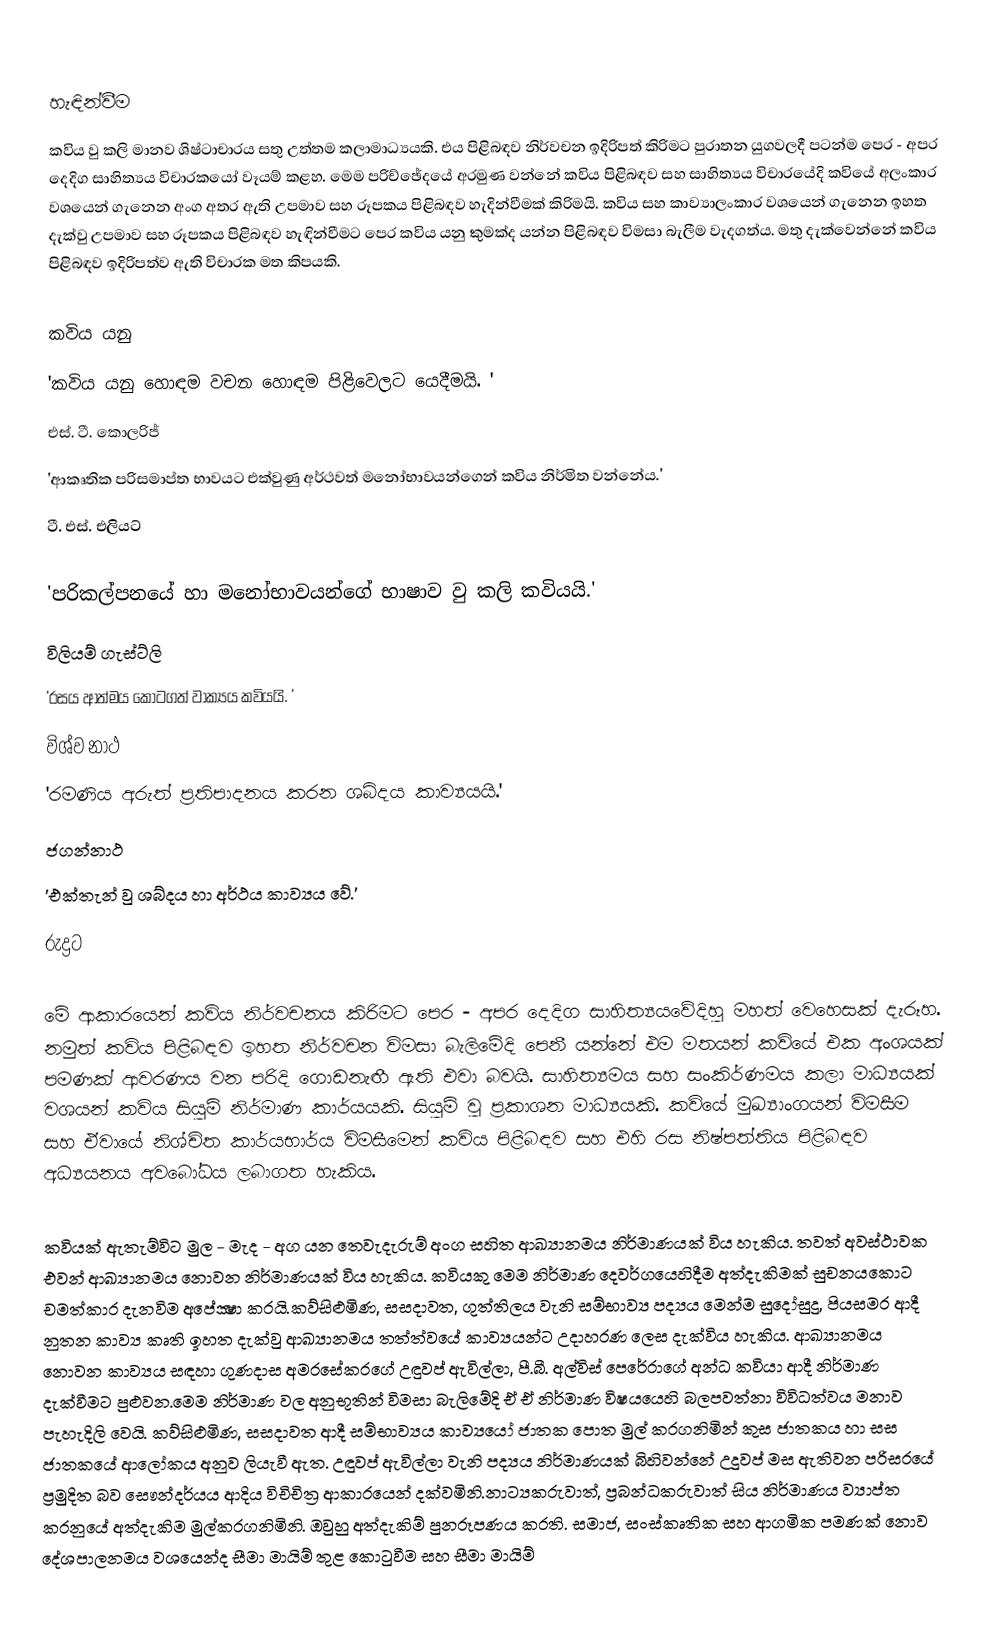

හැඳින්වීම
කවිය වු කලි මානව ශිෂ්ටාචාරය සතු උත්තම කලාමාධ්‍යයකි. එය පිළිබඳව නිර්වචන ඉදිරිපත් කිරිමට පුරාතන යුගවලදී පටන්ම පෙර - අපර දෙදිග සාහිත්‍යය විචාරකයෝ වෑයම් කළහ. මෙම පරිච්ඡේදයේ අරමුණ වන්නේ කවිය පිළිබඳව සහ සාහිත්‍යය විචාරයේදි කවියේ අලංකාර වශයෙන් ගැනෙන අංග අතර ඇති උපමාව සහ රූපකය පිළිබඳව හැදින්වීමක් කිරිමයි. කවිය සහ කාව්‍යාලංකාර වශයෙන් ගැනෙන ඉහත දැක්වු උපමාව සහ රූපකය පිළිබඳව හැඳින්වීමට පෙර කවිය යනු කුමක්ද යන්න පිළිබඳව විමසා බැලීම වැදගත්ය. මතු දැක්වෙන්නේ කවිය පිළිබඳව ඉදිරිපත්ව ඇති විචාරක මත කිපයකි.

කවිය යනු
'කවිය යනු හොඳම වචන හොඳම පිළිවෙලට යෙදීමයි. '
එස්. ටී. කොලරිජ්
'ආකෘතික පරිසමාප්ත භාවයට එක්වුණු අර්ථවත් මනෝභාවයන්ගෙන් කවිය නිර්මිත වන්නේය.'
ටී. එස්. එලියට්

'පරිකල්පනයේ හා මනෝභාවයන්ගේ භාෂාව වු කලි කවියයි.'
විලියම් ගැස්ට්ලි
'රසය ආත්මය කොටගත් වාක්‍යය කවියයි. '
විශ්ව නාථ
'රමණිය අරුත් ප්‍රතිපාදනය කරන ශබ්දය කාව්‍යයයි.'
ජගන්නාථ
'එක්තැන් වු ශබ්දය හා අර්ථය කාව්‍යය වේ.'
රුද්‍රට

මේ ආකාරයෙන් කවිය නිර්වචනය කිරිමට පෙර - අපර දෙදිග සාහිත්‍යයවේදිහු මහත් වෙහෙසක් දැරූහ. නමුත් කවිය පිළිබඳව ඉහත නිර්වචන විමසා බැලිමේදි පෙනී යන්නේ එම මතයන් කවියේ එක අංශයක් පමණක් ආවරණය වන පරිදි ගොඩනැඟී ඇති එවා බවයි. සාහිත්‍යමය සහ සංකිර්ණමය කලා මාධ්‍යයක් වශයන් කවිය සියුම් නිර්මාණ කාර්යයකි. සියුම් වු ප්‍රකාශන මාධ්‍යයකි. කවියේ මුඛ්‍යාංගයන් විමසීම සහ ඒවායේ නිශ්චිත කාර්යභාර්ය විමසීමෙන් කවිය පිළිබඳව සහ එහි රස නිෂ්පත්තිය පිළිබඳව අධ්‍යයනය අවබෝධය ලබාගත හැකිය.

කවියක් ඇතැම්විට මුල - මැද - අග යන තෙවැදැරුම් අංග සහිත ආඛ්‍යානමය නිර්මාණයක් විය හැකිය. තවත් අවස්ථාවක එවන් ආඛ්‍යානමය නොවන නිර්මාණයක් විය හැකිය. කවියකු මෙම නිර්මාණ දෙවර්ගයෙහිදීම අත්දැකිමක් සුචනයකොට චමත්කාර දැනවිම අපේක්‍ෂා කරයි.කව්සිළුමිණ, සසදාවත, ගුත්තිලය වැනි සම්භාව්‍ය පද්‍යය මෙන්ම සුදෝසුදු, පියසමර ආදී නුතන කාව්‍ය කෘති ඉහත දැක්වු ආඛ්‍යානමය තත්ත්වයේ කාව්‍යයන්ට උදාහරණ ලෙස දැක්විය හැකිය. ආඛ්‍යානමය නොවන කාව්‍යය සඳහා ගුණදාස අමරසේකරගේ උඳුවප් ඇවිල්ලා, පී.බී. අල්විස් පෙරේරාගේ අන්ධ කවියා ආදී නිර්මාණ දැක්වීමට පුළුවන.මෙම නිර්මාණ වල අනුභූතින් විමසා බැලිමේදි ඒ ඒ නිර්මාණ විෂයයෙහි බලපවත්නා විවිධත්වය මනාව පැහැදිලි වෙයි. කව්සිළුමිණ, සසදාවත ආදී සම්භාව්‍යය කාව්‍යයෝ ජාතක පොත මුල් කරගනිමින් කුස ජාතකය හා සස ජාතකයේ ආලෝකය අනුව ලියැවී ඇත. උඳුවප් ඇවිල්ලා වැනි පද්‍යය නිර්මාණයක් බිහිවන්නේ උදුවප් මස ඇතිවන පරිසරයේ ප්‍රමුදිත බව සෞන්දර්යය ආදිය විචිචිත්‍ර ආකාරයෙන් දක්වමිනි.නාට්‍යකරුවාත්, ප්‍රබන්ධකරුවාත් සිය නිර්මාණය ව්‍යාප්ත කරනුයේ අත්දැකිම මුල්කරගනිමිනි. ඔවුහු අත්දැකිම් පුනරූපණය කරති. සමාජ, සංස්කෘතික සහ ආගමික පමණක් නොව දේශපාලනමය වශයෙන්ද සීමා මායිම් තුළ කොටුවීම සහ සීමා මායිම්